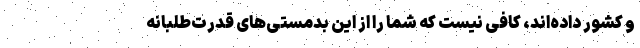
و کشور داده‌اند، کافی نیست که شما را از این بدمستی‌های قدرت‌طلبانه